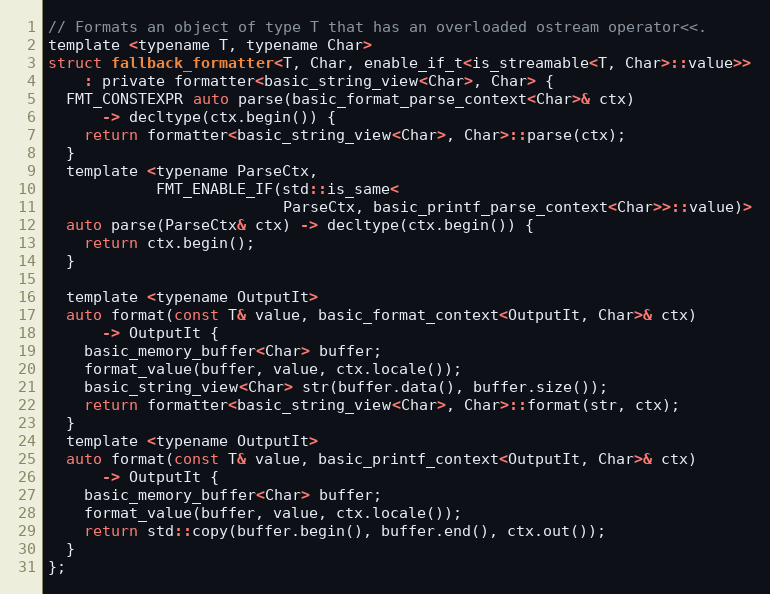
Language: C
// Formats an object of type T that has an overloaded ostream operator<<.
template <typename T, typename Char>
struct fallback_formatter<T, Char, enable_if_t<is_streamable<T, Char>::value>>
    : private formatter<basic_string_view<Char>, Char> {
  FMT_CONSTEXPR auto parse(basic_format_parse_context<Char>& ctx)
      -> decltype(ctx.begin()) {
    return formatter<basic_string_view<Char>, Char>::parse(ctx);
  }
  template <typename ParseCtx,
            FMT_ENABLE_IF(std::is_same<
                          ParseCtx, basic_printf_parse_context<Char>>::value)>
  auto parse(ParseCtx& ctx) -> decltype(ctx.begin()) {
    return ctx.begin();
  }

  template <typename OutputIt>
  auto format(const T& value, basic_format_context<OutputIt, Char>& ctx)
      -> OutputIt {
    basic_memory_buffer<Char> buffer;
    format_value(buffer, value, ctx.locale());
    basic_string_view<Char> str(buffer.data(), buffer.size());
    return formatter<basic_string_view<Char>, Char>::format(str, ctx);
  }
  template <typename OutputIt>
  auto format(const T& value, basic_printf_context<OutputIt, Char>& ctx)
      -> OutputIt {
    basic_memory_buffer<Char> buffer;
    format_value(buffer, value, ctx.locale());
    return std::copy(buffer.begin(), buffer.end(), ctx.out());
  }
};